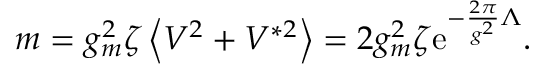
m = g _ { m } ^ { 2 } \zeta \left< V ^ { 2 } + V ^ { * 2 } \right> = 2 g _ { m } ^ { 2 } \zeta \mathrm { e } ^ { - { \frac { 2 \pi } { g ^ { 2 } } } \Lambda } .